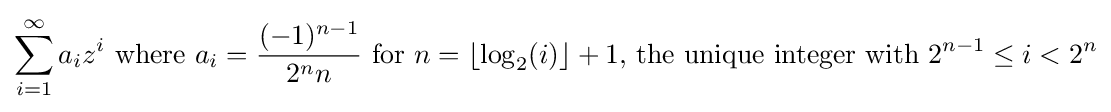
\sum _{i=1}^{\infty }a_{i}z^{i}{\text{ where }}a_{i}={\frac {(-1)^{n-1}}{2^{n}n}}{\text{ for }}n=\lfloor \log _{2}(i)\rfloor +1{\text{, the unique integer with }}2^{n-1}\leq i<2^{n}